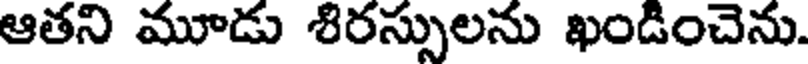
ఆతని మూడు శిరస్సులను ఖండించెను.